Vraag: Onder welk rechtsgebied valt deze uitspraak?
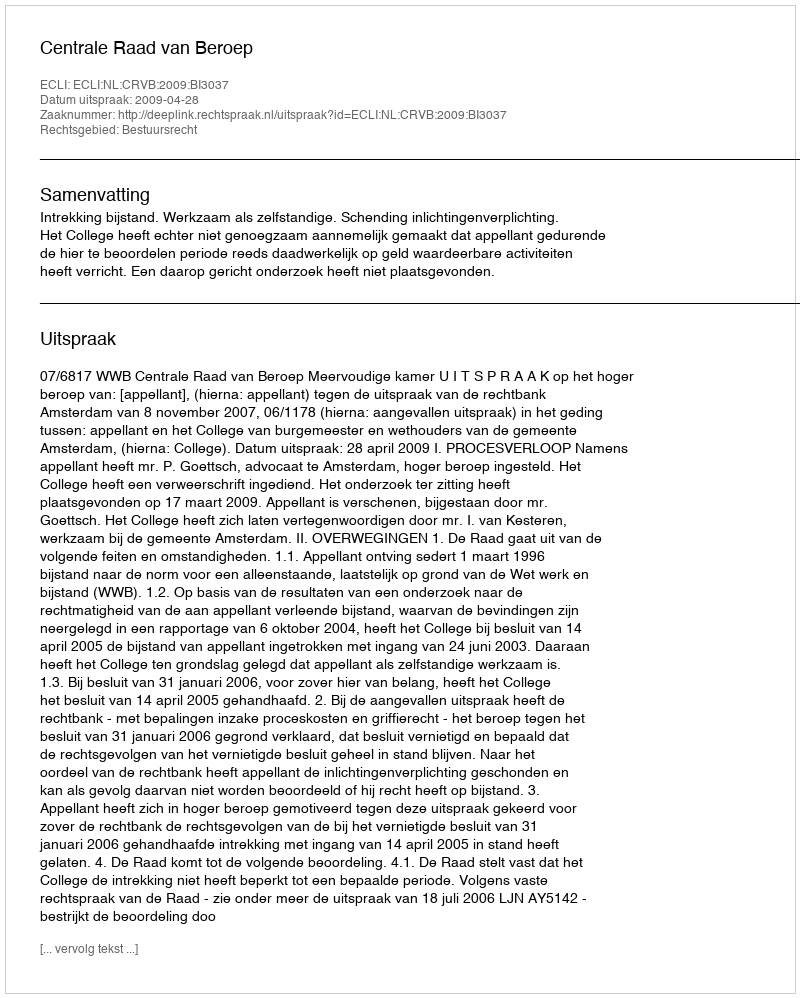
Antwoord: Bestuursrecht